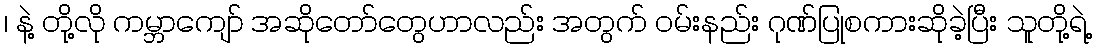
၊ နဲ့ တို့လို ကမ္ဘာကျော် အဆိုတော်တွေဟာလည်း အတွက် ဝမ်းနည်း ဂုဏ်ပြုစကားဆိုခဲ့ပြီး သူတို့ရဲ့